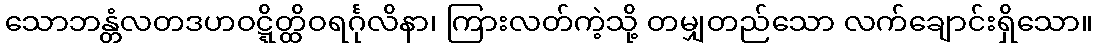
သောဘန္တံလတဒဟဝဋ္ဋိတ္ထိဝရင်္ဂုလိနာ၊ ကြားလတ်ကဲ့သို့ တမျှတည်သော လက်ချောင်းရှိသော။